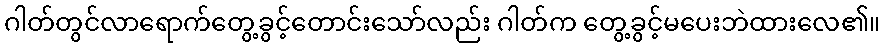
ဂါတ်တွင်လာရောက်တွေ့ခွင့်တောင်းသော်လည်း ဂါတ်က တွေ့ခွင့်မပေးဘဲထားလေ၏။